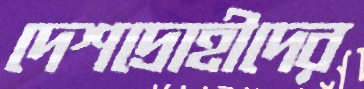
দেশদ্রোহীদের